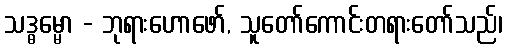
သဒ္ဓမ္မော - ဘုရားဟောဖော်, သူတော်ကောင်းတရားတော်သည်၊